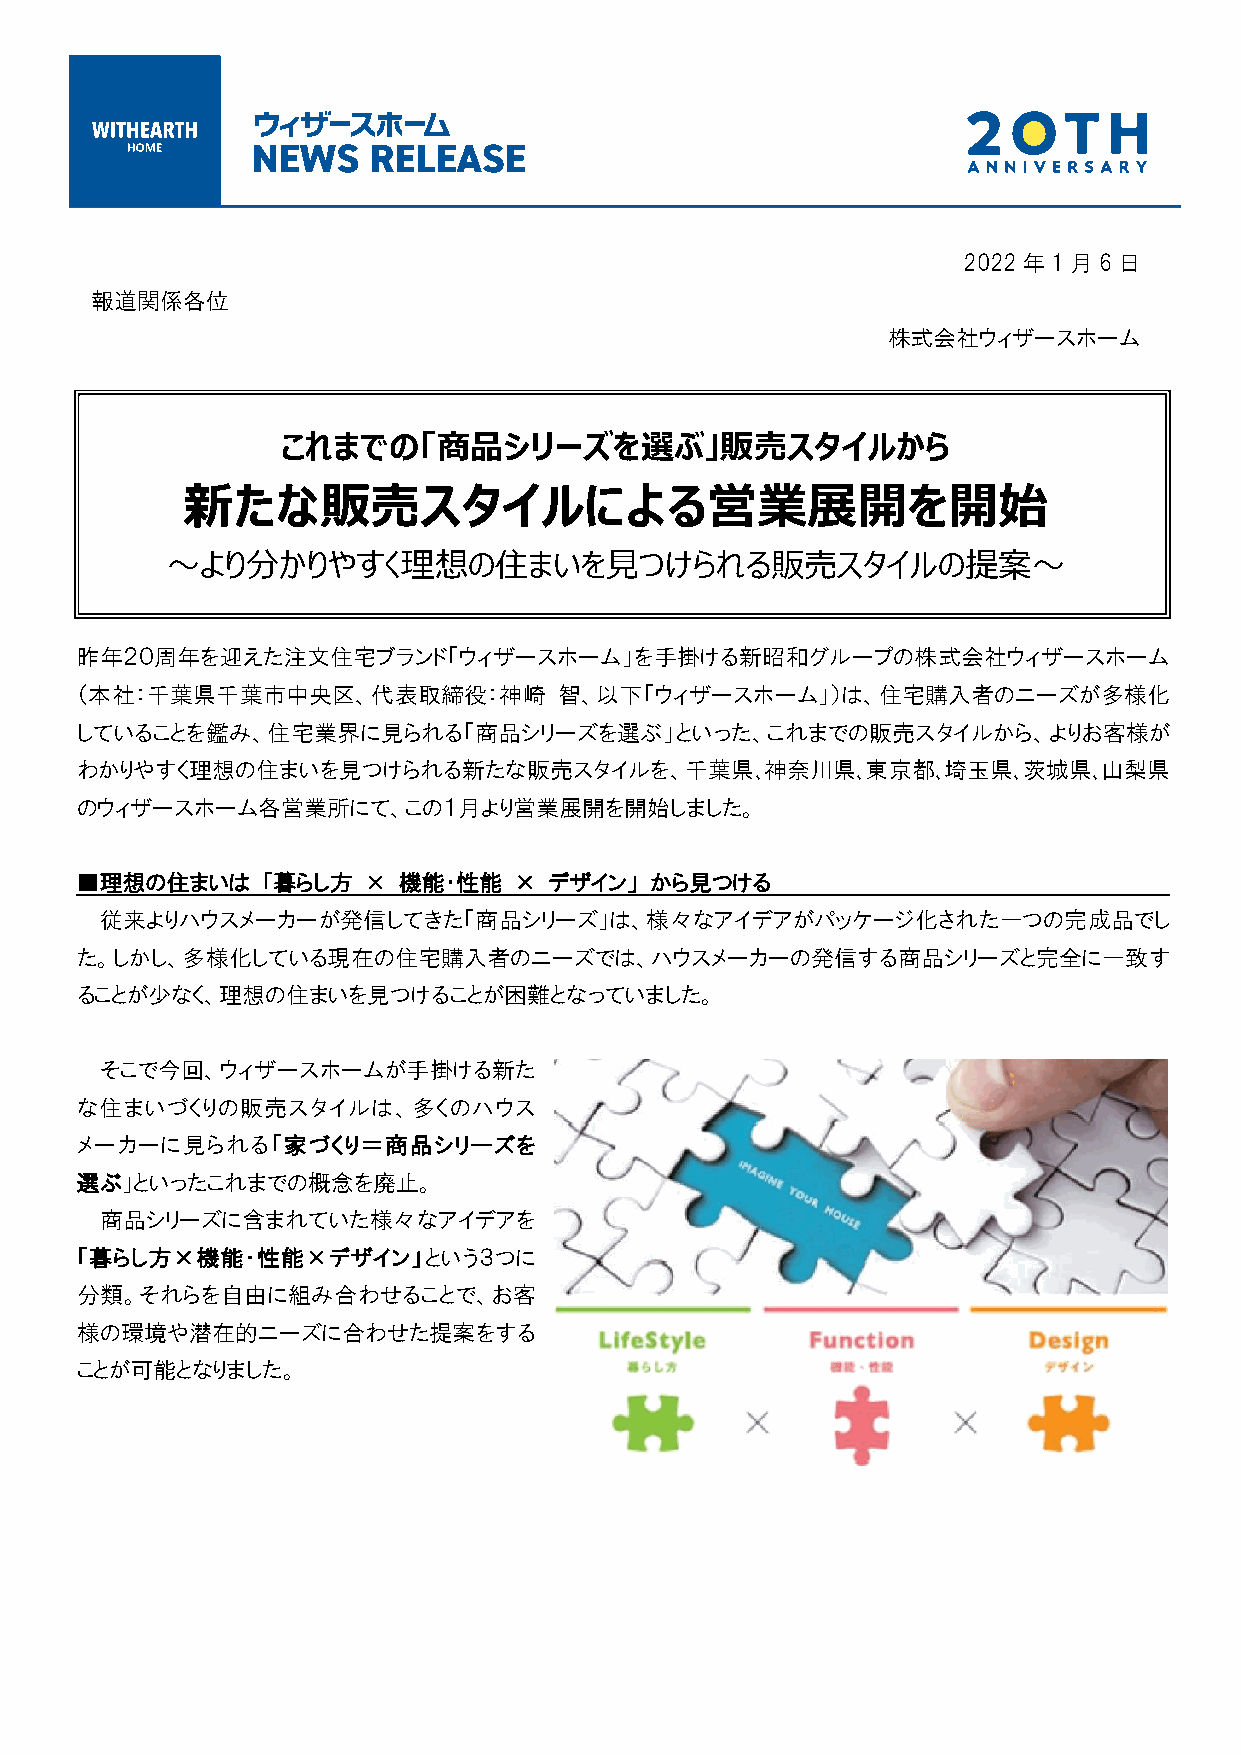
2022年1月6日
 報道関係各位
 株式会社ウィザースホーム
 これまでの「商品シリーズを選ぶ」販売スタイルから
 新たな販売スタイルによる営業展開を開始
 ～より分かりやすく理想の住まいを見つけられる販売スタイルの提案～
 昨年２０周年を迎えた注文住宅ブランド「ウィザースホーム」を手掛ける新昭和グループの株式会社ウィザースホーム
 （本社：千葉県千葉市中央区、代表取締役：神崎          智、以下「ウィザースホーム」）は、住宅購入者のニーズが多様化
 していることを鑑み、住宅業界に見られる「商品シリーズを選ぶ」といった、これまでの販売スタイルから、よりお客様が
 わかりやすく理想の住まいを見つけられる新たな販売スタイルを、千葉県､神奈川県､東京都､埼玉県､茨城県､山梨県
 のウィザースホーム各営業所にて、この１月より営業展開を開始しました。
 ■理想の住まいは    「暮らし方  × 機能・性能   × デザイン」  から見つける
 従来よりハウスメーカーが発信してきた「商品シリーズ」は、様々なアイデアがパッケージ化された一つの完成品でし
 た。しかし、多様化している現在の住宅購入者のニーズでは、ハウスメーカーの発信する商品シリーズと完全に一致す
 ることが少なく、理想の住まいを見つけることが困難となっていました。
 そこで今回、ウィザースホームが手掛ける新た
 な住まいづくりの販売スタイルは、多くのハウス
 メーカーに見られる「家づくり＝商品シリーズを
 選ぶ」といったこれまでの概念を廃止。
 商品シリーズに含まれていた様々なアイデアを
 「暮らし方×機能・性能×デザイン」という３つに
 分類。それらを自由に組み合わせることで、お客
 様の環境や潜在的ニーズに合わせた提案をする
 ことが可能となりました。